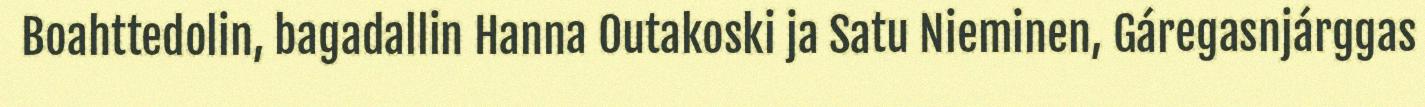
Boahttedolin, bagadallin Hanna Outakoski ja Satu Nieminen, Gáregasnjárggas